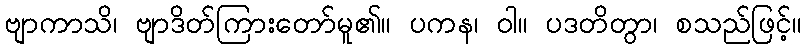
ဗျာကာသိ၊ ဗျာဒိတ်ကြားတော်မူ၏။ ပကန၊ ဝါ။ ပဒတိတွာ၊ စသည်ဖြင့်။